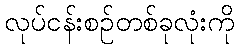
လုပ်ငန်းစဉ်တစ်ခုလုံးကို